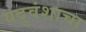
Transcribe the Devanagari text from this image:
यदुवंशाचा